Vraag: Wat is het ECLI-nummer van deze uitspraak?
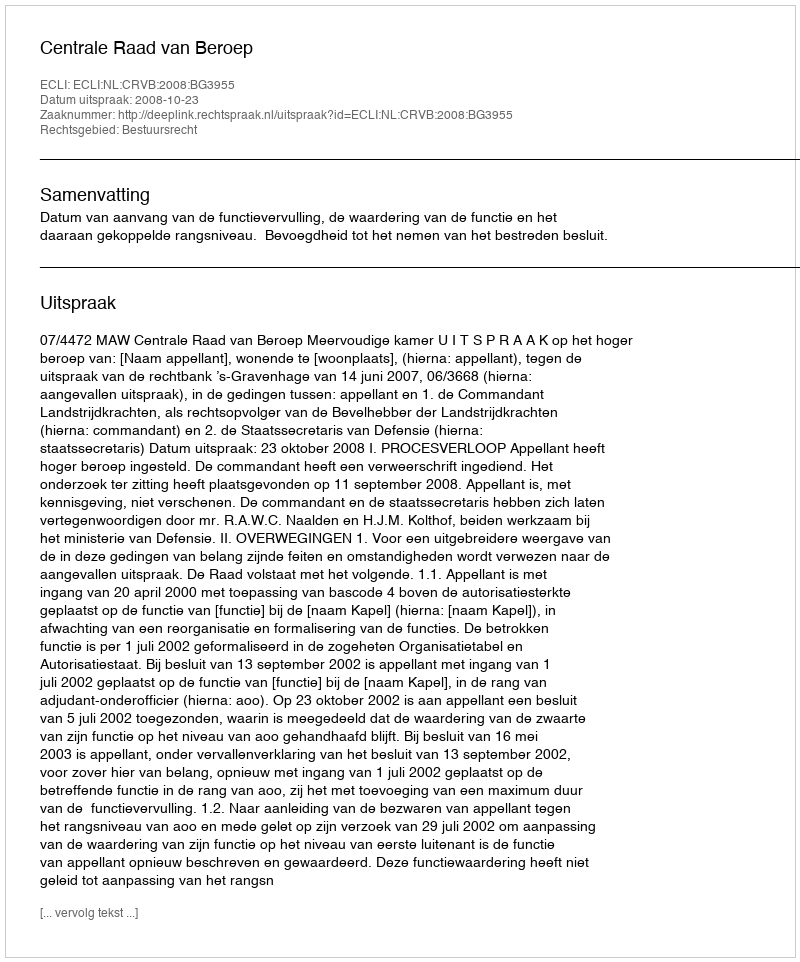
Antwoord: ECLI:NL:CRVB:2008:BG3955